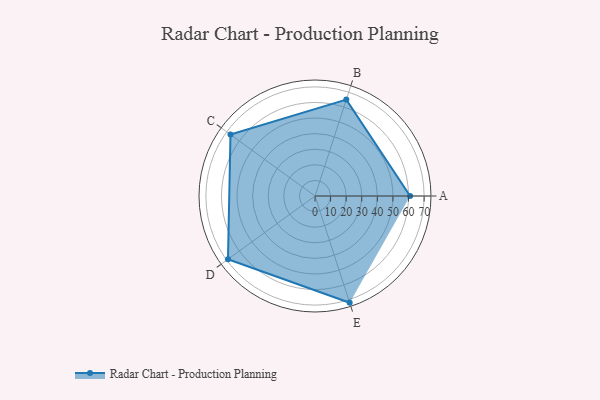
{"axis": {"x": "Skill", "y": "Score"}, "legend": ["Profile"], "data": [{"x": "A", "y": 61.0, "type": "Profile"}, {"x": "B", "y": 65.0, "type": "Profile"}, {"x": "C", "y": 67.0, "type": "Profile"}, {"x": "D", "y": 69.0, "type": "Profile"}, {"x": "E", "y": 72.0, "type": "Profile"}]}